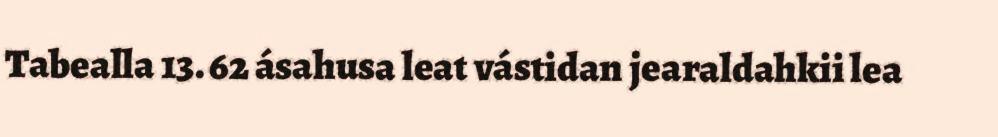
Tabealla 13. 62 ásahusa leat vástidan jearaldahkii lea